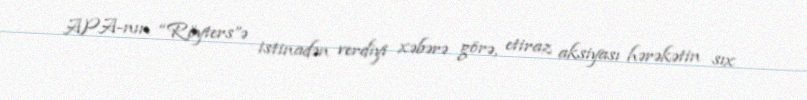
APA-nın “Röyters”ə istinadən verdiyi xəbərə görə, etiraz aksiyası hərəkətin sıx